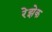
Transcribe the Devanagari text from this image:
रेझेक